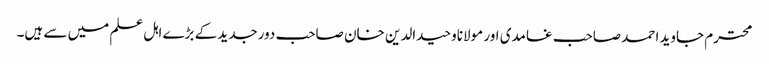
محترم جاوید احمد صاحب غامدی اور مولاناوحیدالدین خان صاحب دورجدید کے بڑے اہل علم میں سے ہیں۔